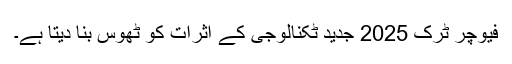
فیوچر ٹرک 2025 جدید ٹکنالوجی کے اثرات کو ٹھوس بنا دیتا ہے۔